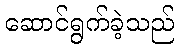
ဆောင်ရွက်ခဲ့သည်